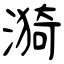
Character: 漪